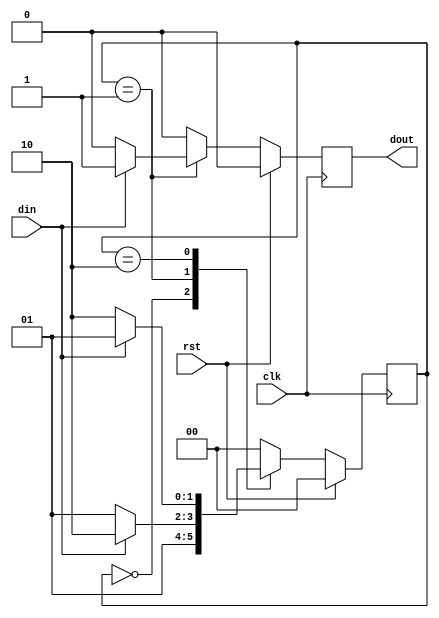
`timescale 1ns / 1ps
//////////////////////////////////////////////////////////////////////////////////
// Company: 
// Engineer: 
// 
// Design Name: 
// Module Name: melay_1
// Project Name: 
// Target Devices: 
// Tool Versions: 
// Description: 
// 
// Dependencies: 
// 
// Revision:
// Revision 0.01 - File Created
// Additional Comments:
// 
//////////////////////////////////////////////////////////////////////////////////


module melay_1(
    input clk,rst,din,
    output  reg dout
    );
parameter idle = 0;
parameter s0 = 1;
parameter s1 = 2;
reg [1:0] s = idle;
always@(posedge clk)
begin
   if(rst)
     begin
     s <= idle;
     dout <= 1'b0;
     end
else 
 begin
 case(s)
 idle: begin
  dout <= 1'b0;
  s <= s0;
  end
 s0: begin 
  if(din)
    begin
    dout   <= 1'b1;
    s  <= s1; 
    end
  else
    begin
    dout  <= 1'b0;
    s <= s0;
    end 
   end
                 
 s1: 
 begin
 if(din)
   begin
   dout   <= 1'b0;
   s <= s0; 
   end
 else
   begin
   dout  <= 1'b0;
   s <= s1;
   end 
 end
                 
 default: 
 begin
 s  <= idle;
 dout   <=  1'b0;
 end
                 
 endcase
 end           
end
 
endmodule